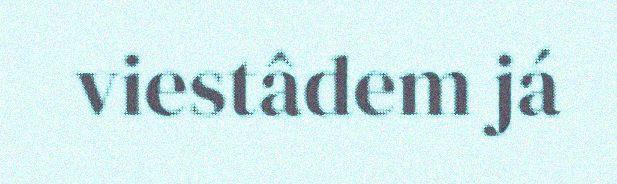
viestâdem já